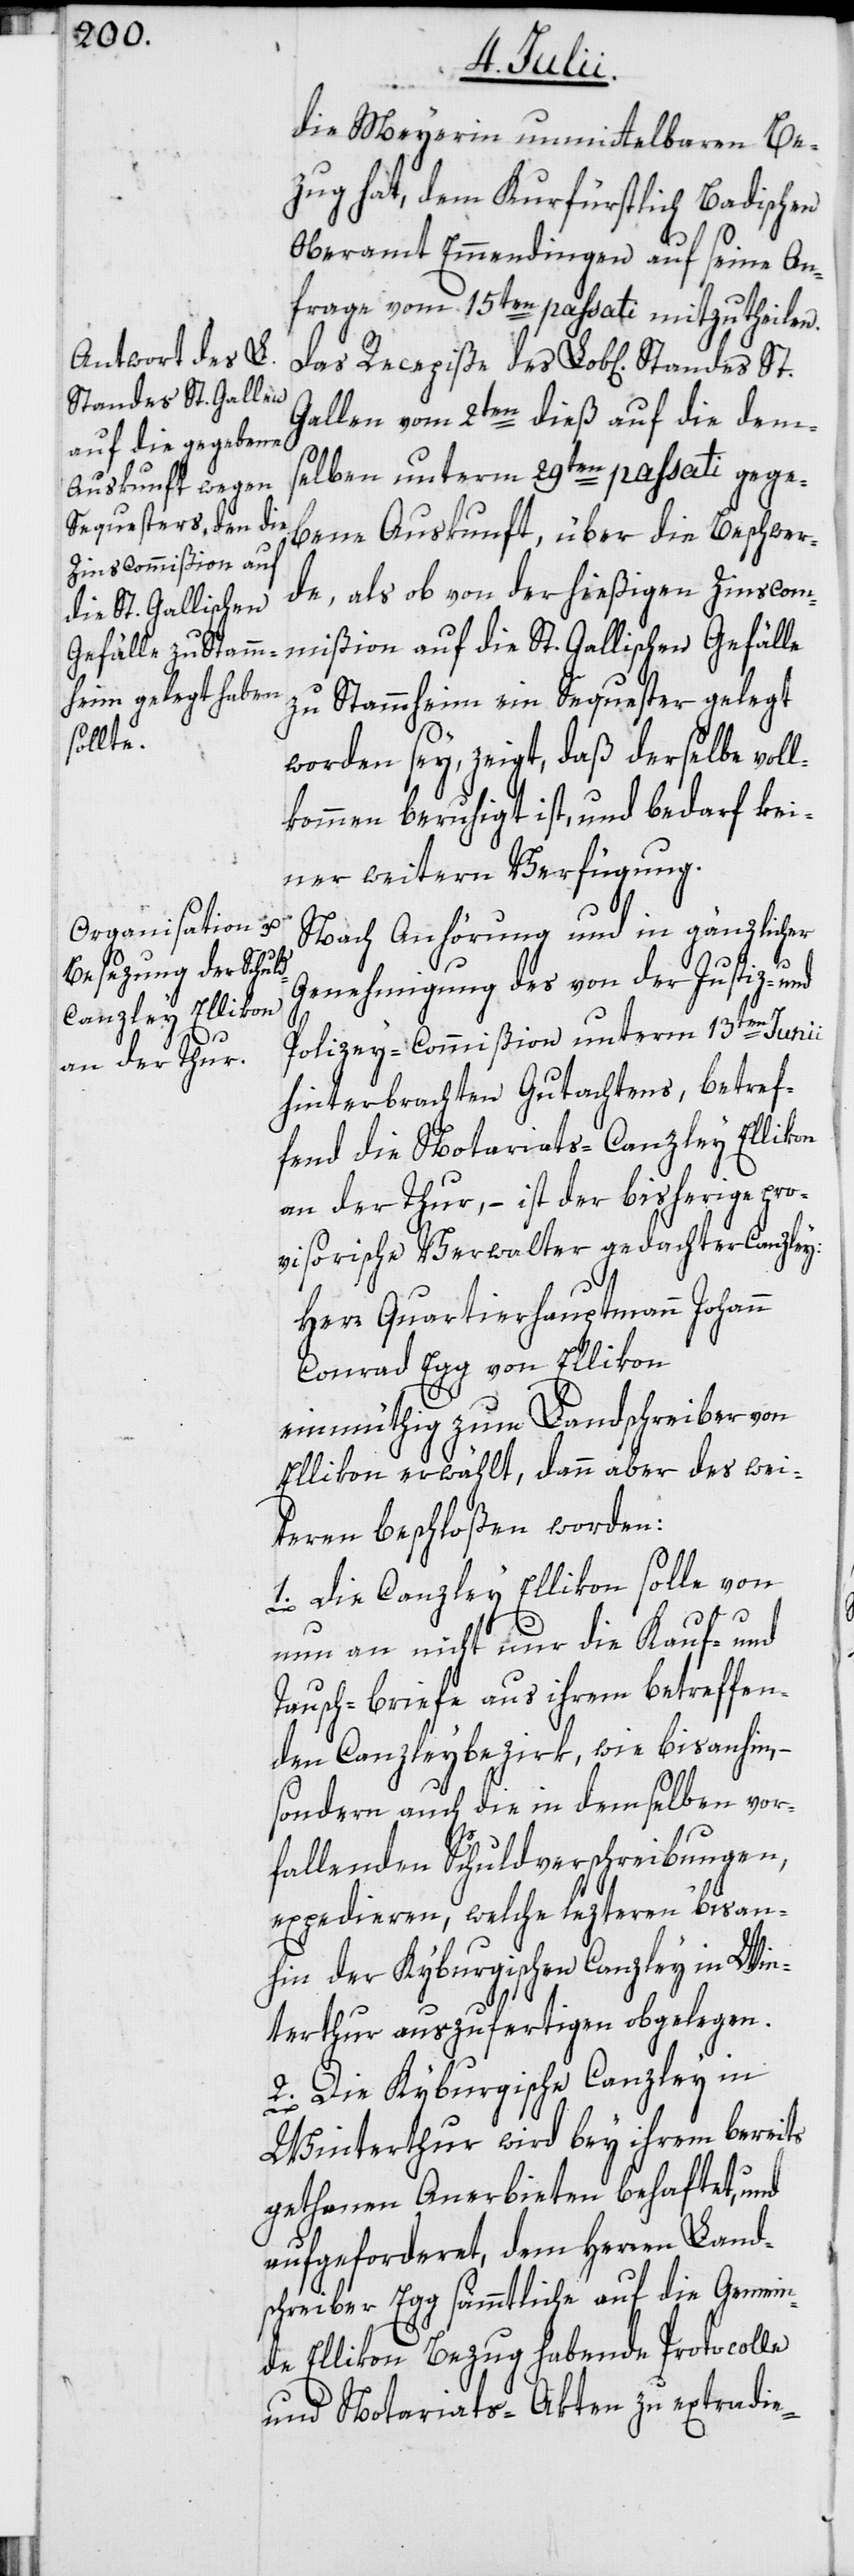
die Meyerin unmittelbaren Be¬
zug hat, dem Kurfürstlich Badischen
Oberamt Emmendingen auf seine An¬
frage vom 15ten passati mitzutheilen.
Gallen vom 2ten dieß auf die dem¬
selben unterm 29ten passati gege¬
bene Auskunft, über die Beschwer¬
de, als ob von der hießigen Zinscom¬
mißion auf die St. Gallischen Gefälle
zu Stammheim ein Sequester gelegt
worden sey, zeigt, daß derselbe voll¬
kommen beruhigt ist, und bedarf kei¬
ner weitern Verfügung.
Nach Anhörung und in gänzlicher
Genehmigung des von der Justiz- und
Polizey-Commißion unterm 13ten Junii
hinterbrachten Gutachtens, betref¬
fend die Notariats-Canzley Ellikon
an der Thur, – ist der bisherige pro¬
visorische Verwalter gedachter Canzley:
Das
Herr Quartierhauptmann Johann
Conrad Egg von Ellikon
einmüthig zum Landschreiber von
Ellikon erwählt, dann aber des wei¬
teren beschloßen worden:
1. Die Canzley Ellikon solle von
nun an nicht nur die Kauf- und
Tausch-briefe aus ihrem betreffen¬
den Canzleybezirk, wie bisanhin, –
sondern auch die in demselben vor¬
fallenden Schuldverschreibungen,
expedieren, welche lezteren bisan¬
hin der Kyburgischen Canzley in Win¬
terthur auszufertigen obgelegen.
2. Die Kyburgische Canzley in
Winterthur wird bey ihrem bereits
gethanen Anerbieten behaftet, und
aufgeforderet, dem Herren Land¬
schreiber Egg sämmtliche auf die Gemein¬
de Ellikon Bezug habende Protocolle
und Notariats-Akten zu extradie-